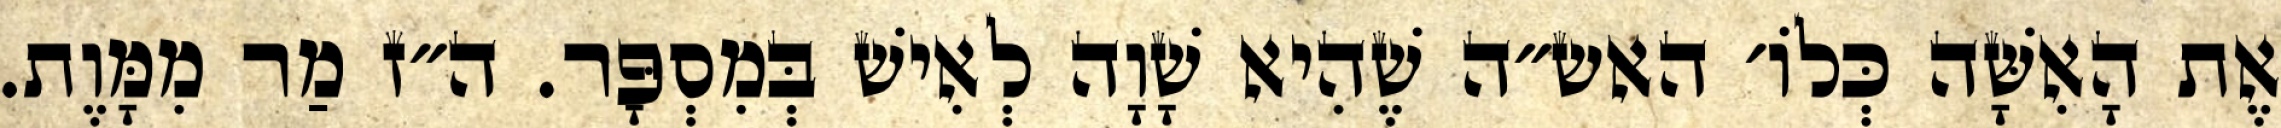
אֶת הָאִשָּׁה כְּלוֹ׳ האש״ה שֶׁהִיא שָׁוָה לְאִישׁ בְּמִסְפָּר. ה״ז מַר מִמָּוֶת.